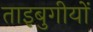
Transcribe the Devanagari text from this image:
ताइबुगीयों